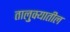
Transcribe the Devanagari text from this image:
तालु़क्यातील